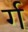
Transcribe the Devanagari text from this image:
र्ग